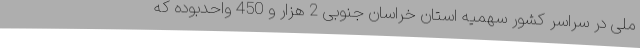
ملی در سراسر کشور سهمیه استان خراسان جنوبی 2 هزار و 450 واحدبوده که